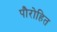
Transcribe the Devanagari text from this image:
पौरोहित